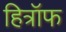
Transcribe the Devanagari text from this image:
हित्रॉफ